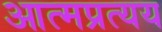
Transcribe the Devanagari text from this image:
आत्मप्रत्यय